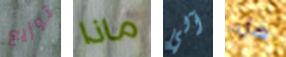
توزيع ماذا آلي هل